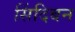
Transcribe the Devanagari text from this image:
सिंदिबन